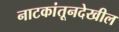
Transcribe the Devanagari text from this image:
नाटकांतूनदेखील